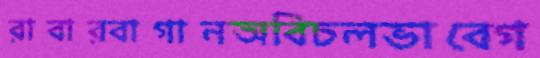
রাবারবাগানঅবিচলভাবেগ